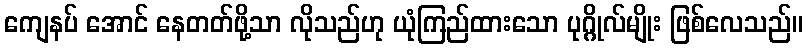
ကျေနပ် အောင် နေတတ်ဖို့သာ လိုသည်ဟု ယုံကြည်ထားသော ပုဂ္ဂိုလ်မျိုး ဖြစ်လေသည်။